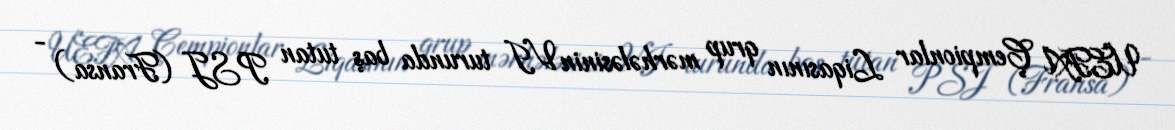
UEFA Çempionlar Liqasının qrup mərhələsinin VI turunda baş tutan PSJ (Fransa) -